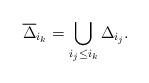
LaTeX: \begin{align*}\overline{\Delta}_{i_k}=\bigcup_{i_j\leq i_k}{\Delta}_{i_j}.\end{align*}